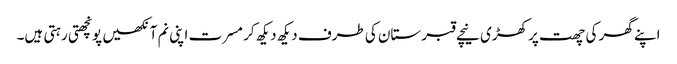
اپنے گھر کی چھت پر کھڑی نیچے قبرستان کی طرف دیکھ دیکھ کر مسرت اپنی نم آنکھیں پونچھتی رہتی ہیں۔